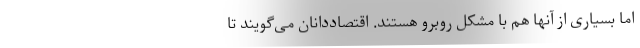
اما بسیاری از آنها هم با مشکل روبرو هستند. اقتصاددانان می‌گویند تا